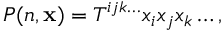
\begin{array} { r } { P ( n , \mathbf { x } ) = T ^ { i j k \ldots } x _ { i } x _ { j } x _ { k } \ldots , } \end{array}